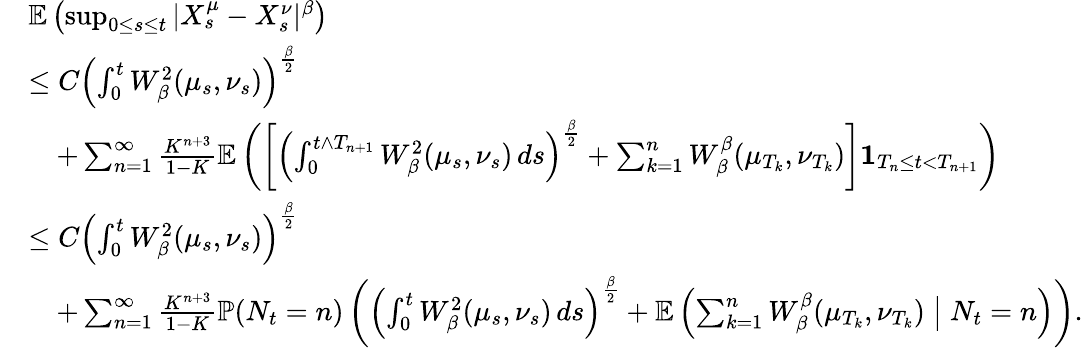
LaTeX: \begin{array}{rl}&{\mathbb{E}\left(\operatorname*{sup}_{0\leq s\leq t}|X_{s}^{\mu}-X_{s}^{\nu}|^{\beta}\right)}\\ &{\leq C\left(\int_{0}^{t}W_{\beta}^{2}(\mu_{s},\nu_{s})\right)^{\frac{\beta}{2}}}\\ &{\quad+\sum_{n=1}^{\infty}\frac{K^{n+3}}{1-K}\mathbb{E}\left(\left[\left(\int_{0}^{t\wedge T_{n+1}}W_{\beta}^{2}(\mu_{s},\nu_{s})\, ds\right)^{\frac{\beta}{2}}+\sum_{k=1}^{n}W_{\beta}^{\beta}(\mu_{T_{k}},\nu_{T_{k}})\right]\mathbf{1}_{T_{n}\leq t<T_{n+1}}\right)}\\ &{\leq C\left(\int_{0}^{t}W_{\beta}^{2}(\mu_{s},\nu_{s})\right)^{\frac{\beta}{2}}}\\ &{\quad+\sum_{n=1}^{\infty}\frac{K^{n+3}}{1-K}\mathbb{P}(N_{t}=n)\left(\left(\int_{0}^{t}W_{\beta}^{2}(\mu_{s},\nu_{s})\, ds\right)^{\frac{\beta}{2}}+\mathbb{E}\left(\sum_{k=1}^{n}W_{\beta}^{\beta}(\mu_{T_{k}},\nu_{T_{k}})\bigm|N_{t}=n\right)\right).}\end{array}